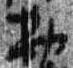
勘